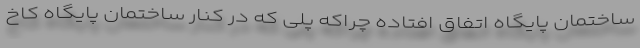
ساختمان پایگاه اتفاق افتاده چراکه پلی که در کنار ساختمان پایگاه کاخ